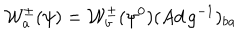
{ \cal W } _ { a } ^ { \pm } ( \psi ) = { \cal W } _ { b } ^ { \pm } ( \psi ^ { 0 } ) ( A d \, g ^ { - 1 } ) _ { b a } \,